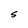
Character: S